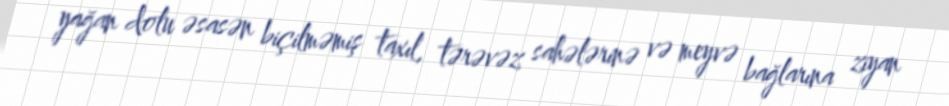
yağan dolu əsasən biçilməmiş taxıl, tərəvəz sahələrinə və meyvə bağlarına ziyan